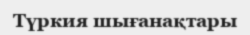
Түркия шығанақтары